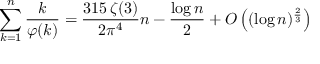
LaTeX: \sum _ { k = 1 } ^ { n } { \frac { k } { \varphi ( k ) } } = { \frac { 3 1 5 \, \zeta ( 3 ) } { 2 \pi ^ { 4 } } } n - { \frac { \log n } { 2 } } + O \left( ( \log n ) ^ { \frac { 2 } { 3 } } \right)